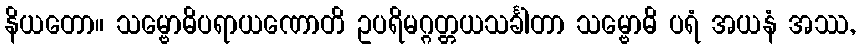
နိယတော။ သမ္ဗောဓိပရာယဏောတိ ဥပရိမဂ္ဂတ္တယသင်္ခါတာ သမ္ဗောဓိ ပရံ အယနံ အဿ,